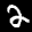
Label: 2